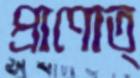
প্রাণোত্